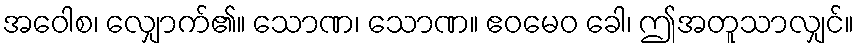
အဝေါစ၊ လျှောက်၏။ သောဏ၊ သောဏ။ ဧဝမေဝ ခေါ၊ ဤအတူသာလျှင်။